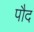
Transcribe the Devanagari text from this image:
पौद